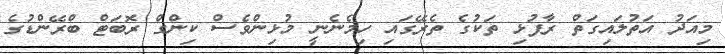
މިއަދު އަތުލައިގަތް ރާފުޅި ތަކުގެ ތެރޭގައި ހިމެނެނީ މުޅިންވެސް ކިންގް ރޮބަޓް ބްރޭންޑުގެ